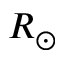
R _ { \odot }